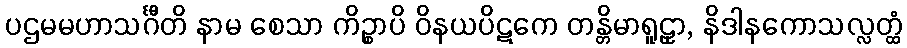
ပဌမမဟာသင်္ဂီတိ နာမ စေသာ ကိဉ္စာပိ ဝိနယပိဋကေ တန္တိမာရူဠှာ, နိဒါနကောသလ္လတ္ထံ